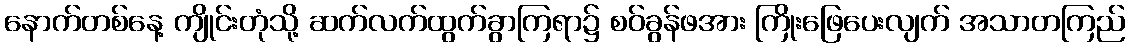
နောက်တစ်နေ့ ကျိုင်းတုံသို့ ဆက်လက်ထွက်ခွာကြရာ၌ စဝ်ခွန်ဖအား ကြိုးဖြေပေးလျက် အသာတကြည်